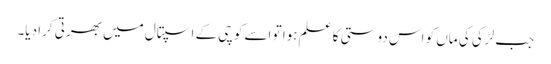
جب لڑکی کی ماں کو اس دوستی کا علم ہوا تو اسے کوچی کے اسپتال میں بھرتی کرا دیا۔